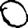
Digit: 0